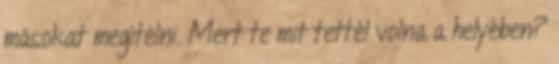
másokat megítélni. Mert te mit tettél volna a helyében?